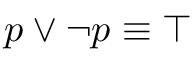
p \vee \neg p \equiv \top